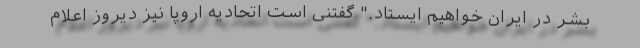
بشر در ایران خواهیم ایستاد." گفتنی است اتحادیه اروپا نیز دیروز اعلام